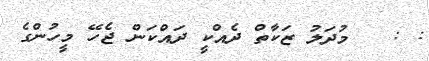
: :   މުދަލު ޒަކާތް ދެއްކީ ދައްކަން ޖެހޭ މީހުންގެ